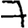
Digit: 7